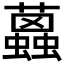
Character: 𧔐